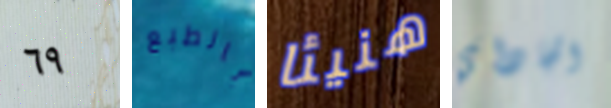
٦٩ بالطبع هنيئا الجاداي